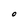
Character: O